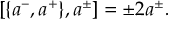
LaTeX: [ \{ a ^ { - } , a ^ { + } \} , a ^ { \pm } ] = \pm 2 a ^ { \pm } .